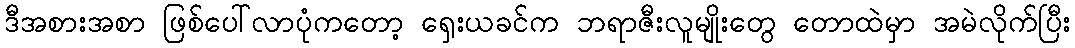
ဒီအစားအစာ ဖြစ်ပေါ်လာပုံကတော့ ရှေးယခင်က ဘရာဇီးလူမျိုးတွေ တောထဲမှာ အမဲလိုက်ပြီး